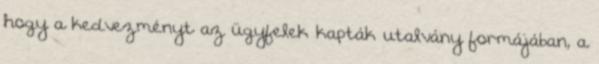
hogy a kedvezményt az ügyfelek kapták utalvány formájában, a